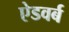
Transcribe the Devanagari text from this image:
ऐडवर्ब